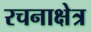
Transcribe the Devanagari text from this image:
रचनाक्षेत्र